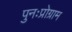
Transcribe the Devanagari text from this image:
पुनःप्रोग्राम